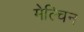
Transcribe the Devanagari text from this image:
मेल्चिन